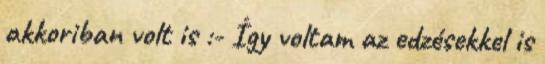
akkoriban volt is :- Így voltam az edzésekkel is